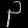
Digit: ၃